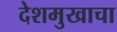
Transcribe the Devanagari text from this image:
देशमुखाचा